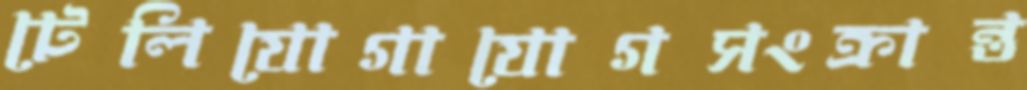
টেলিযোগাযোগসংক্রান্ত